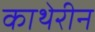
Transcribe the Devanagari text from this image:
काथेरीन